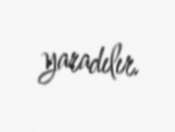
yaradılır.